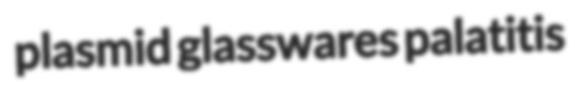
plasmid glasswares palatitis